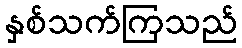
နှစ်သက်ကြသည်